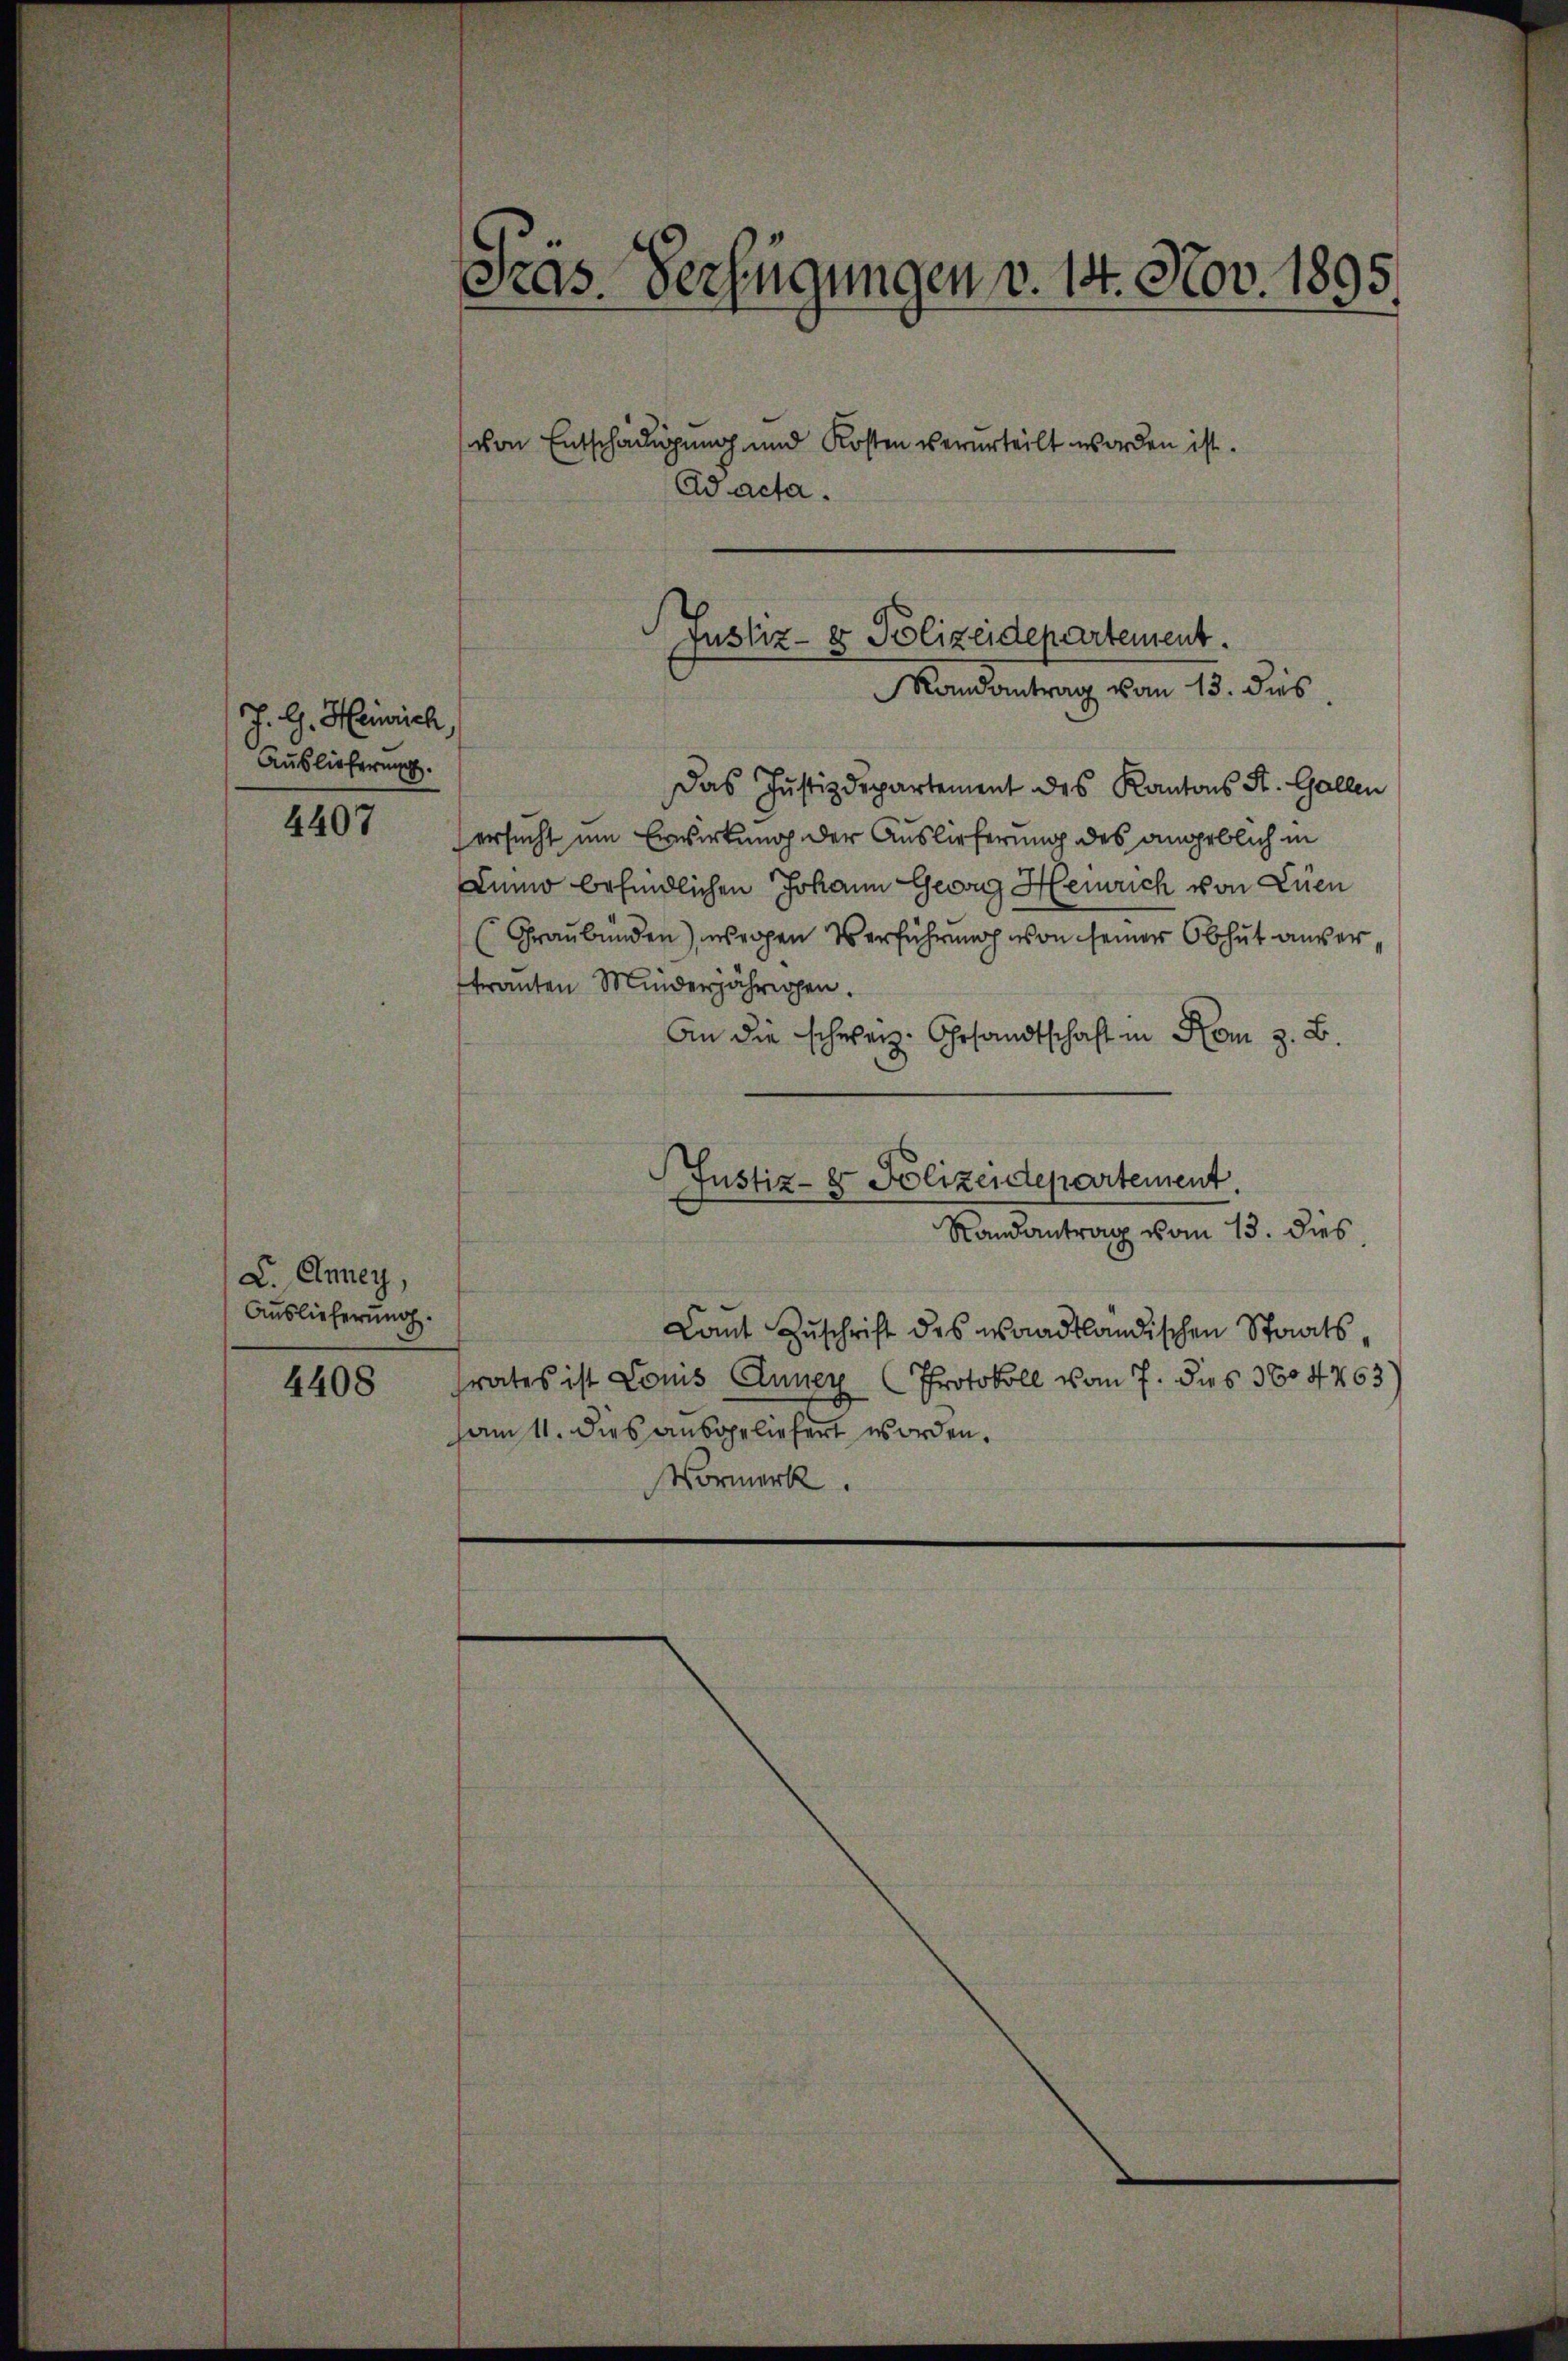
J. G. Heinrich
Auslieferung.

4407

L. Anney,
Auslieferung.

4408

Gras. Verfügungen v. 14. Nov. 1895.

von Entschädigung und Kosten verurteilt worden ist.
Ad acta.

Das Justizdepartement des Kantons St. Gallen
ersucht um Erwirkung der Auslieferung des angeblich in
Luino befindlichen Johann Georg Heinrich von Luen
(Graubünden), wegen Verführlich von seiner Obhut anvertranten Minderjährigen.
An die schweiz. Gesandtschaft in Rom z. B.
Justiz- & Polizeidepartement.
Randantrag vom 13. dies
Camt Zŭschrift des waadtländischen Staatsfrates ist Louis Cuney (Protokoll vom 7. dies 3604763)
sam 11. Dies ausgeliefert worden.
Vormerk.

Justiz- & Polizeidepartement.
Mandantrag vom 13. dies